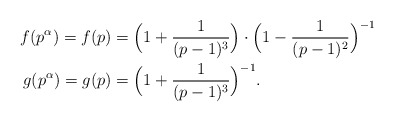
\begin{align*}f(p^{\alpha}) = f(p) & = \Big ( 1 + \frac{1}{(p-1)^3} \Big ) \cdot \Big ( 1 - \frac{1}{(p-1)^2} \Big )^{-1} \\g(p^{\alpha}) = g(p) & = \Big ( 1 + \frac{1}{(p-1)^3} \Big )^{-1}.\end{align*}